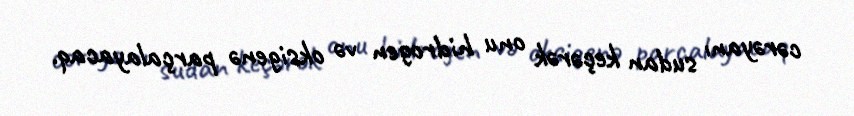
cərəyanı sudan keçərək onu hidrogen və oksigenə parçalayacaq.